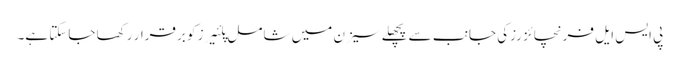
پی ایس ایل فرنچائز رزکی جانب سے پچھلے سیزن میں شامل پلئیرز کو برقرار رکھا جاسکتا ہے۔